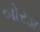
બોરડા